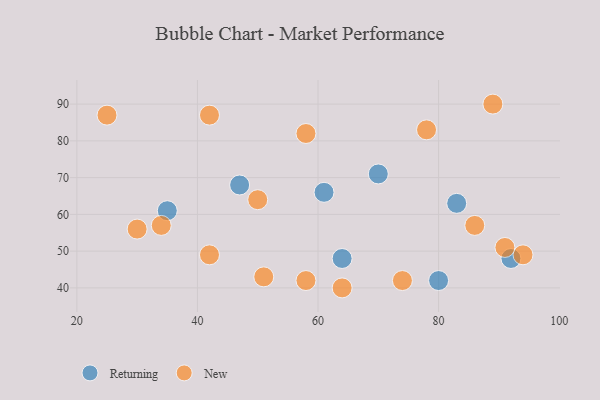
{"axis": {"x": "GDP", "y": "Life Expectancy"}, "legend": ["New", "Returning"], "data": [{"x": "70", "y": 71, "type": "Returning"}, {"x": "61", "y": 66, "type": "Returning"}, {"x": "35", "y": 61, "type": "Returning"}, {"x": "83", "y": 63, "type": "Returning"}, {"x": "47", "y": 68, "type": "Returning"}, {"x": "64", "y": 48, "type": "Returning"}, {"x": "80", "y": 42, "type": "Returning"}, {"x": "92", "y": 48, "type": "Returning"}, {"x": "94", "y": 49, "type": "New"}, {"x": "58", "y": 42, "type": "New"}, {"x": "58", "y": 82, "type": "New"}, {"x": "91", "y": 51, "type": "New"}, {"x": "78", "y": 83, "type": "New"}, {"x": "50", "y": 64, "type": "New"}, {"x": "74", "y": 42, "type": "New"}, {"x": "89", "y": 90, "type": "New"}, {"x": "25", "y": 87, "type": "New"}, {"x": "86", "y": 57, "type": "New"}, {"x": "34", "y": 57, "type": "New"}, {"x": "30", "y": 56, "type": "New"}, {"x": "51", "y": 43, "type": "New"}, {"x": "42", "y": 49, "type": "New"}, {"x": "42", "y": 87, "type": "New"}, {"x": "64", "y": 40, "type": "New"}]}